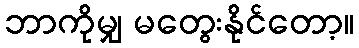
ဘာကိုမျှ မတွေးနိုင်တော့။